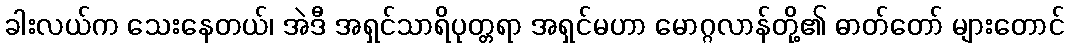
ခါးလယ်က သေးနေတယ်၊ အဲဒီ အရှင်သာရိပုတ္တရာ အရှင်မဟာ မောဂ္ဂလာန်တို့၏ ဓာတ်တော် များတောင်